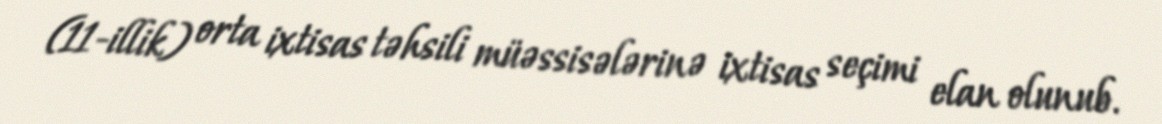
(11-illik) orta ixtisas təhsili müəssisələrinə ixtisas seçimi elan olunub.